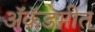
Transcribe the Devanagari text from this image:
ॲकॅडमीत